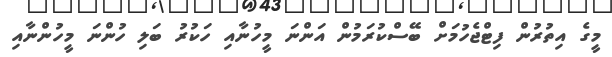
މީގެ އިތުރުން ފިޓްޖެހުމަށް ބޭސްކުރަމުން އަންނަ މީހުނާއި ހަކުރު ބަލި ހުންނަ މީހުންނާއި